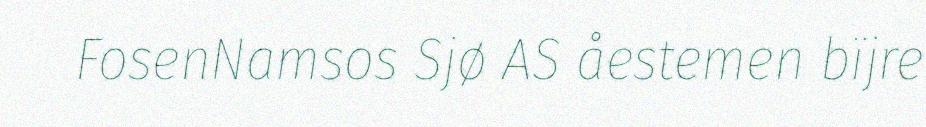
FosenNamsos Sjø AS åestemen bïjre